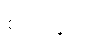
စတုပ္ပဒေါ